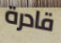
قادرة